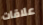
علاقات